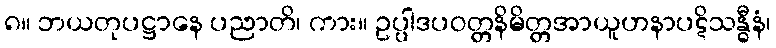
၈။ ဘယတုပဋ္ဌာနေ ပညာတိ၊ ကား။ ဥပ္ပါဒပဝတ္တနိမိတ္တအာယူဟနာပဋိသန္ဓီနံ၊